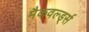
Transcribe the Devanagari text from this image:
मैकवर्ल्ड्स